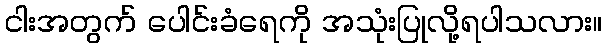
ငါးအတွက် ပေါင်းခံရေကို အသုံးပြုလို့ရပါသလား။